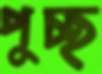
পুচ্ছ